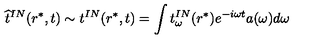
\widehat t ^ { I N } ( r ^ { * } , t ) \sim t ^ { I N } ( r ^ { * } , t ) = \int t _ { \omega } ^ { I N } ( r ^ { * } ) e ^ { - i \omega t } a ( \omega ) d \omega